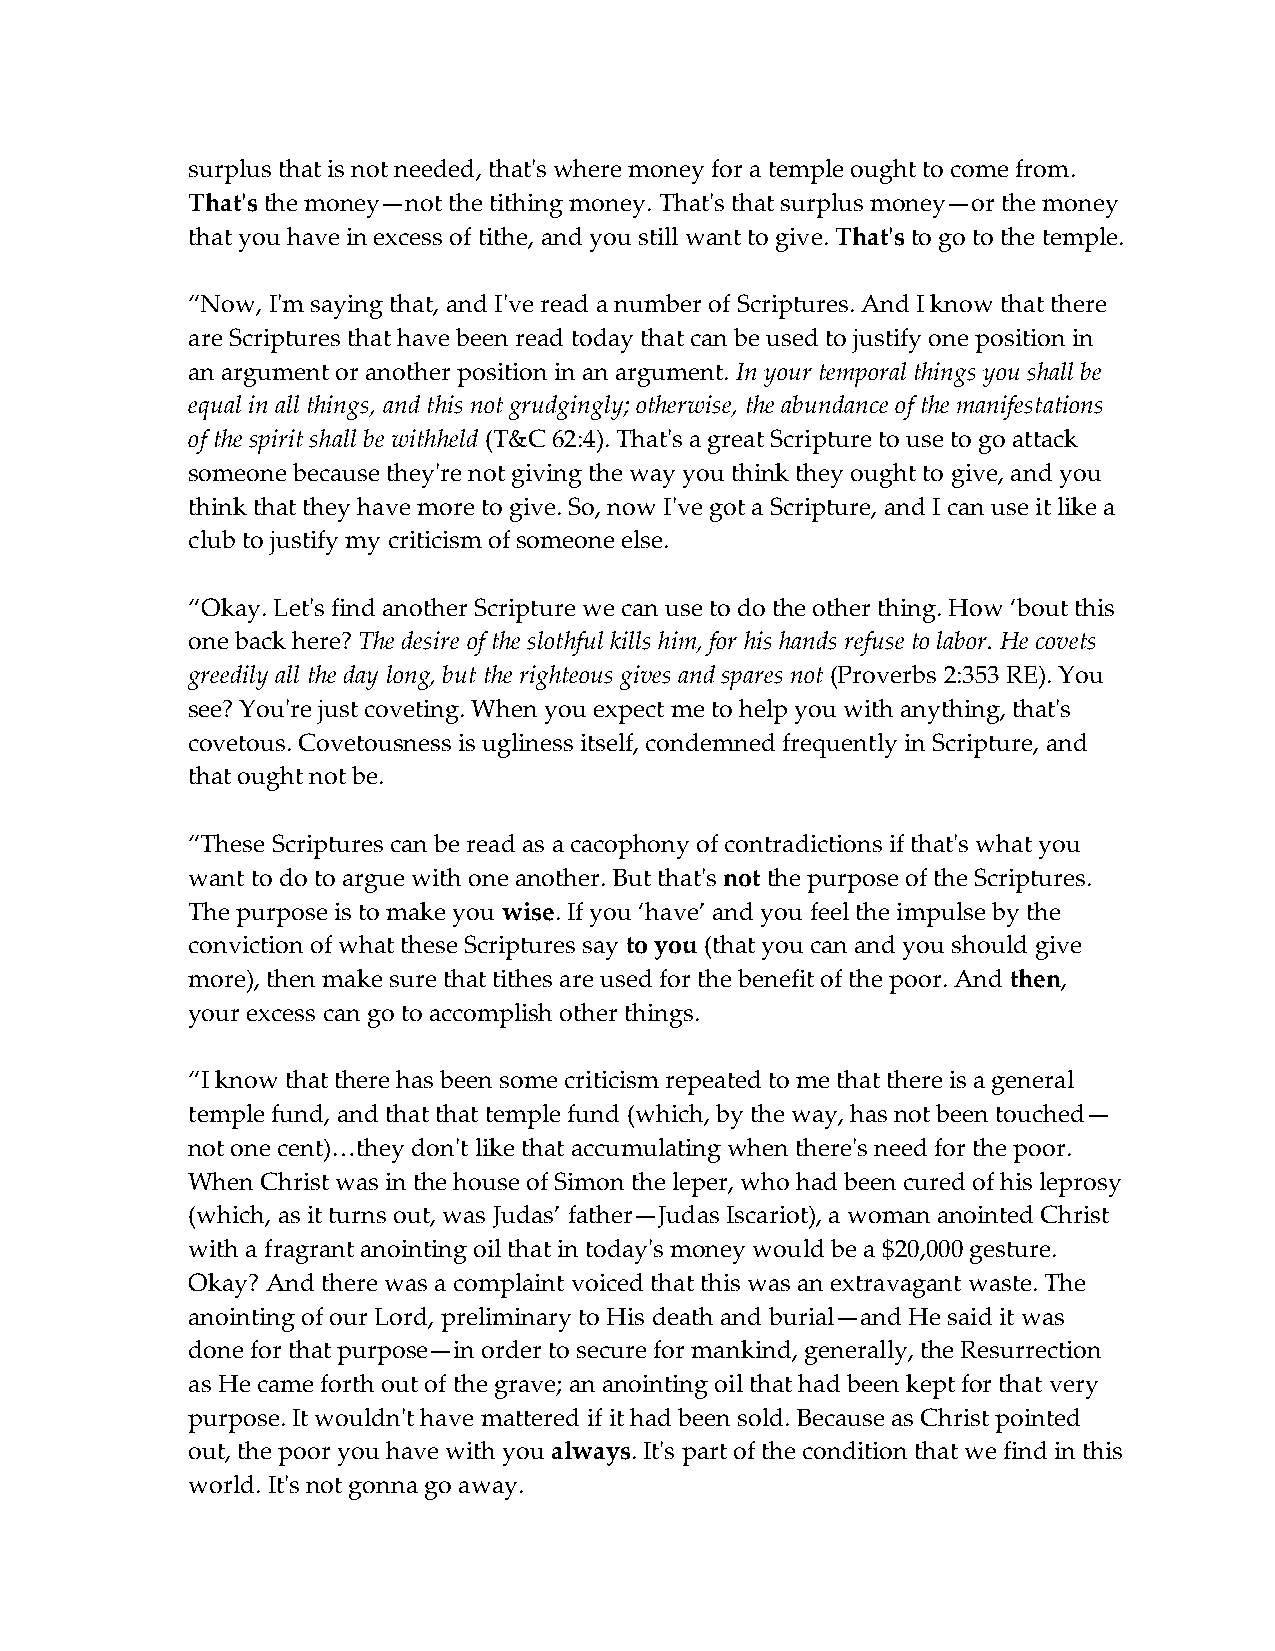
surplus that is not needed, that's where money for a temple ought to come from.
 That's the money—not the tithing money. That's that surplus money—or the money
 that you have in excess of tithe, and you still want to give. That's to go to the temple.
 “Now, I'm saying that, and I've read a number of Scriptures. And I know that there
 are Scriptures that have been read today that can be used to justify one position in
 an argument or another position in an argument. In your temporal things you shall be
 equal in all things, and this not grudgingly; otherwise, the abundance of the manifestations
 of the spirit shall be withheld (T&C 62:4). That's a great Scripture to use to go attack
 someone because they're not giving the way you think they ought to give, and you
 think that they have more to give. So, now I've got a Scripture, and I can use it like a
 club to justify my criticism of someone else.
 “Okay. Let's find another Scripture we can use to do the other thing. How ‘bout this
 one back here? The desire of the slothful kills him, for his hands refuse to labor. He covets
 greedily all the day long, but the righteous gives and spares not (Proverbs 2:353 RE). You
 see? You're just coveting. When you expect me to help you with anything, that's
 covetous. Covetousness is ugliness itself, condemned frequently in Scripture, and
 that ought not be.
 “These Scriptures can be read as a cacophony of contradictions if that's what you
 want to do to argue with one another. But that's not the purpose of the Scriptures.
 The purpose is to make you wise. If you ‘have’ and you feel the impulse by the
 conviction of what these Scriptures say to you (that you can and you should give
 more), then make sure that tithes are used for the benefit of the poor. And then,
 your excess can go to accomplish other things.
 “I know that there has been some criticism repeated to me that there is a general
 temple fund, and that that temple fund (which, by the way, has not been touched—
 not one cent)…they don't like that accumulating when there's need for the poor.
 When Christ was in the house of Simon the leper, who had been cured of his leprosy
 (which, as it turns out, was Judas’ father—Judas Iscariot), a woman anointed Christ
 with a fragrant anointing oil that in today's money would be a $20,000 gesture.
 Okay? And there was a complaint voiced that this was an extravagant waste. The
 anointing of our Lord, preliminary to His death and burial—and He said it was
 done for that purpose—in order to secure for mankind, generally, the Resurrection
 as He came forth out of the grave; an anointing oil that had been kept for that very
 purpose. It wouldn't have mattered if it had been sold. Because as Christ pointed
 out, the poor you have with you always. It's part of the condition that we find in this
 world. It's not gonna go away.